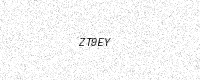
Text: ZT9EY